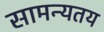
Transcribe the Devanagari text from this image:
सामन्यतय